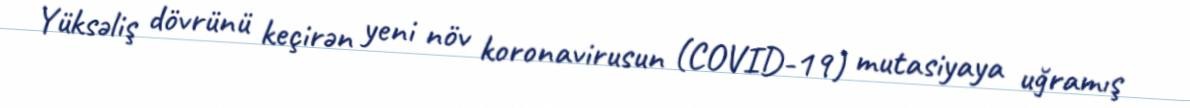
Yüksəliş dövrünü keçirən yeni növ koronavirusun (COVID-19) mutasiyaya uğramış